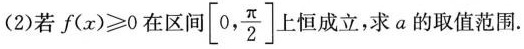
(2)若f(x)≥0在区间| \left [ 0, \frac{\pi}{2} \right ] 上恒成立，求a的取值范围.